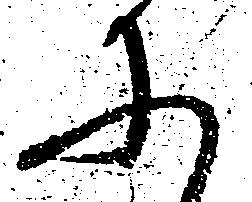
に